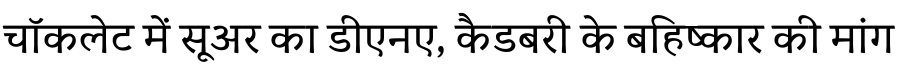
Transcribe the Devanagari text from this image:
चॉकलेट में सूअर का डीएनए, कैडबरी के बहिष्कार की मांग